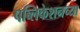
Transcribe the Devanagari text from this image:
पब्लिकेशनच्या